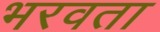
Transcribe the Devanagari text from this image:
भरवता